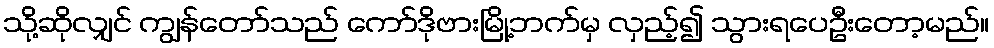
သို့ဆိုလျှင် ကျွန်တော်သည် ကော်ဒိုဗားမြို့ဘက်မှ လှည့်၍ သွားရပေဦးတော့မည်။